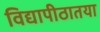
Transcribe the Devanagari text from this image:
विद्यापीठातया